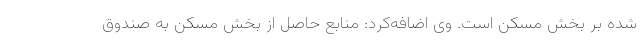
شده بر بخش مسکن است. وی اضافه‌کرد: منابع حاصل از بخش مسکن به صندوق